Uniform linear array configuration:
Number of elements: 48
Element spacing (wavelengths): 0.75
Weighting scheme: binomial
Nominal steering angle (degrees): -15
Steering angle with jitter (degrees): -16.802
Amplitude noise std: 0.05
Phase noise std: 0.05

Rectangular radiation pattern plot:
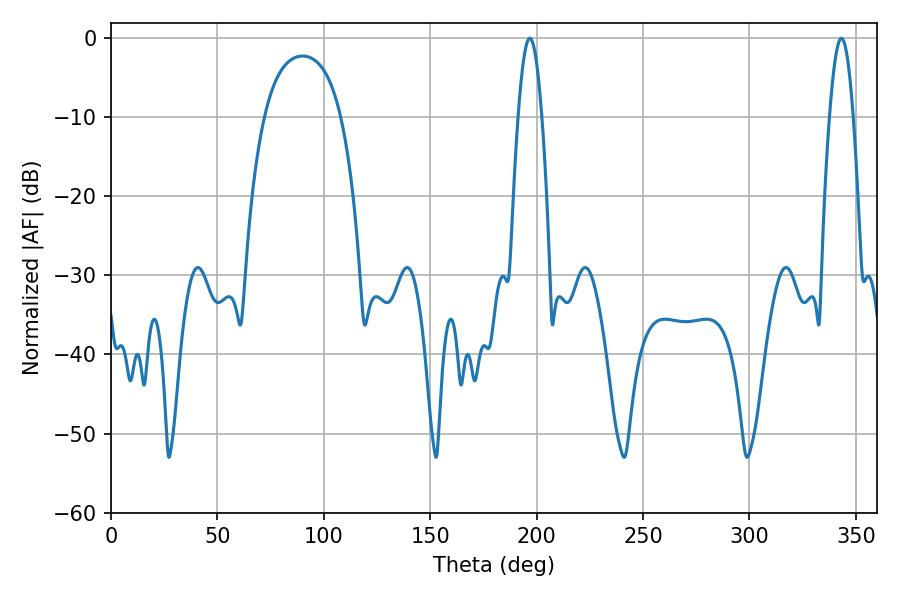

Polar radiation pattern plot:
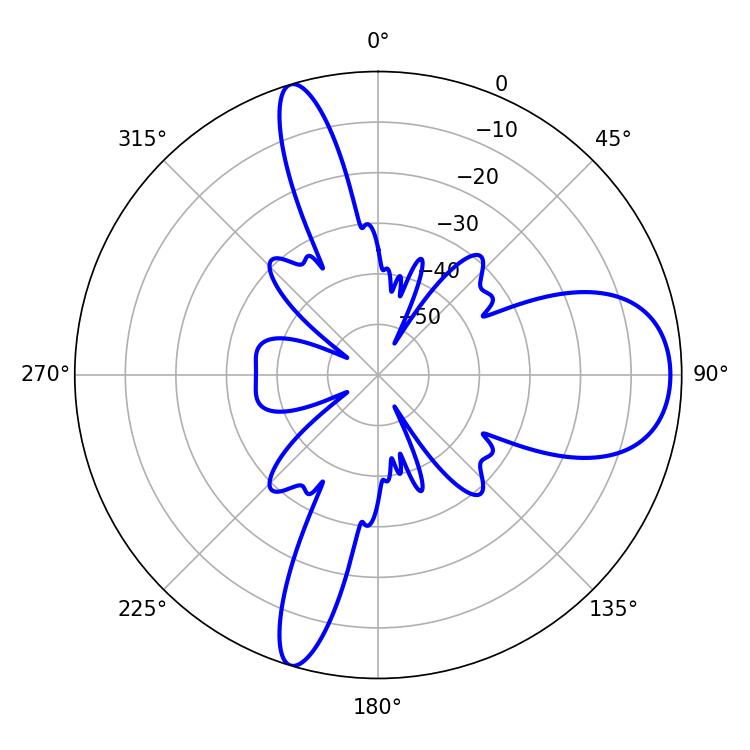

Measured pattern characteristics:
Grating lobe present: TRUE
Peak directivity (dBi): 10.215
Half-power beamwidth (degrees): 5.94
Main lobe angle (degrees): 196.74